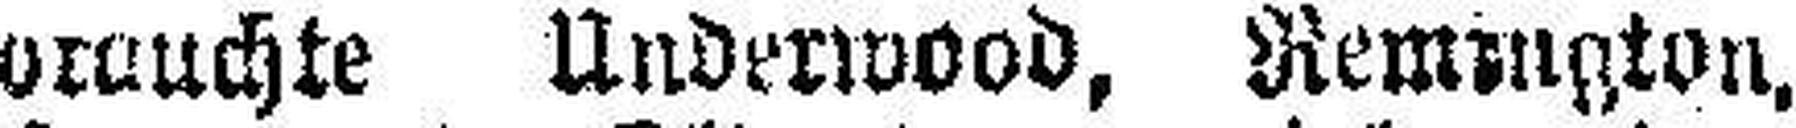
brauchte Underwood, Remington,